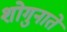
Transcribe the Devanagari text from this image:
शोगुनाते